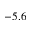
- 5 . 6